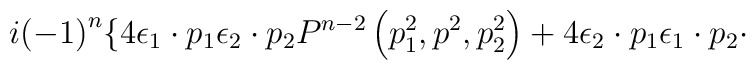
i {\left( -1\right)}^n \lbrace 4 {\epsilon}_1 \cdot p_1{\epsilon}_2 \cdot p_2 P^{n-2} \left(p_1^2,p^2,p_2^2\right) + 4{\epsilon}_2 \cdot p_1 {\epsilon}_1 \cdot p_2 \cdot